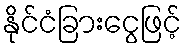
နိုင်ငံခြားငွေဖြင့်